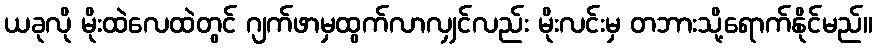
ယခုလို မိုးထဲလေထဲတွင် ဂျက်ဖာမှထွက်လာလျှင်လည်း မိုးလင်းမှ တဘားသို့ရောက်နိုင်မည်။